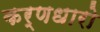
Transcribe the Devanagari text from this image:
कर्णधारो